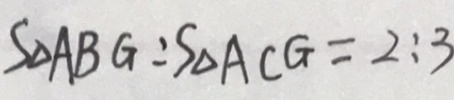
S _ { \Delta } A B G : S _ { \Delta } A C G = 2 : 3